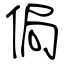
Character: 侷